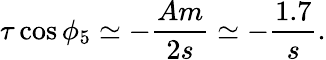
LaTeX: \tau\cos\phi_{5}\simeq-\frac{Am}{2s}\simeq-\frac{1.7}{s}.